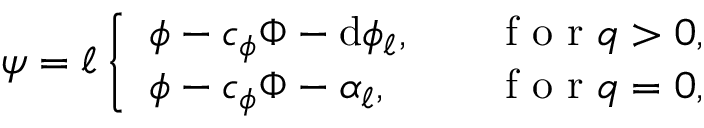
\psi = \ell \left\{ \begin{array} { l l } { \phi - c _ { \phi } \Phi - \mathrm { d } \phi _ { \ell } , } & { \quad \mathrm { ~ f ~ o ~ r ~ } q > 0 , } \\ { \phi - c _ { \phi } \Phi - \alpha _ { \ell } , } & { \quad \mathrm { ~ f ~ o ~ r ~ } q = 0 , } \end{array} \right.